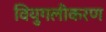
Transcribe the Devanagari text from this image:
वियुगलीकरण